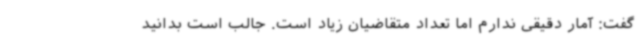
گفت: آمار دقیقی ندارم اما تعداد متقاضیان زیاد است. جالب است بدانید